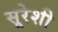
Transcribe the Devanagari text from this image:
सूरेशी